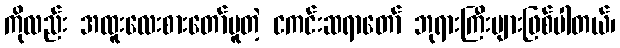
ကိုလည်း အထူးလေးစားတော်မူတဲ့ ငကင်းဆရာတော် ဘုရားကြီးများဖြစ်ပါတယ်၊